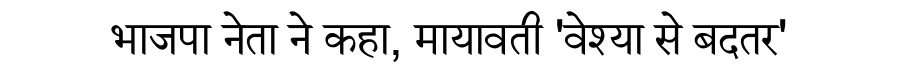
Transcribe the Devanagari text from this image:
भाजपा नेता ने कहा, मायावती 'वेश्या से बदतर'